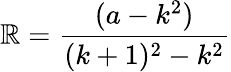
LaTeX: \mathbb{R}={\frac{{(a-k^{2})}}{{(k+1)^{2}-k^{2}}}}